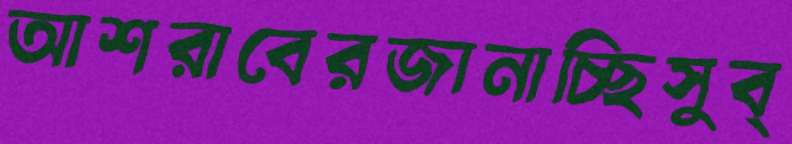
আশরাবেরজানাচ্ছিসুব্